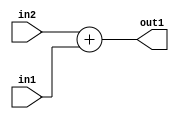
`timescale 1ps / 1ps
/*****************************************************************************
    Verilog RTL Description
    
    
    Created by: Stratus DpOpt 2019.1.01 
*******************************************************************************/

module DC_Filter_Add_8Ux1U_9U_4 (
	in2,
	in1,
	out1
	); /* architecture "behavioural" */ 
input [7:0] in2;
input  in1;
output [8:0] out1;
wire [8:0] asc001;

assign asc001 = 
	+(in2)
	+(in1);

assign out1 = asc001;
endmodule

/* CADENCE  urf3Qg8= : u9/ySgnWtBlWxVPRXgAZ4Og= ** DO NOT EDIT THIS LINE ******/